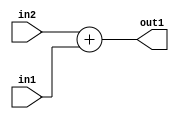
`timescale 1ps / 1ps
/*****************************************************************************
    Verilog RTL Description
    
    
    Created by: Stratus DpOpt 2019.1.01 
*******************************************************************************/

module DC_Filter_Add_8Ux1U_9U_4 (
	in2,
	in1,
	out1
	); /* architecture "behavioural" */ 
input [7:0] in2;
input  in1;
output [8:0] out1;
wire [8:0] asc001;

assign asc001 = 
	+(in2)
	+(in1);

assign out1 = asc001;
endmodule

/* CADENCE  urf3Qg8= : u9/ySgnWtBlWxVPRXgAZ4Og= ** DO NOT EDIT THIS LINE ******/